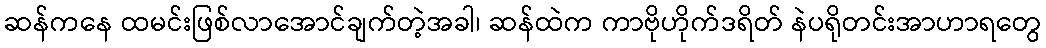
ဆန်ကနေ ထမင်းဖြစ်လာအောင်ချက်တဲ့အခါ၊ ဆန်ထဲက ကာဗိုဟိုက်ဒရိတ် နဲပရိုတင်းအာဟာရတွေ